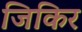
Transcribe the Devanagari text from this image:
जिकिर